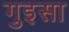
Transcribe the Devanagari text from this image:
गुइसा